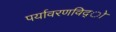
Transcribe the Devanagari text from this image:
पर्यावरणविद्ो